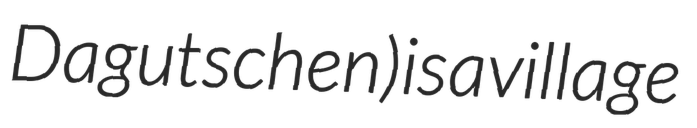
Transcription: Dagutschen) is a village